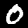
Digit: 0